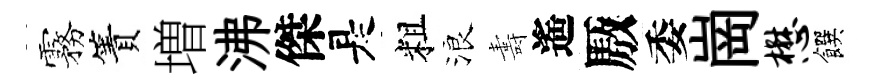
霧簀増沸傑是粗浪夀遙厫委崗懋饌